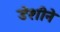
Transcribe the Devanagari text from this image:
डेशीने